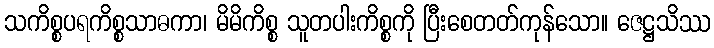
သကိစ္စပရကိစ္စသာဓကာ၊ မိမိကိစ္စ သူတပါးကိစ္စကို ပြီးစေတတ်ကုန်သော။ ဇေဋ္ဌသိဿ